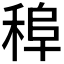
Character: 𱶒